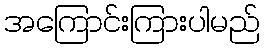
အကြောင်းကြားပါမည်